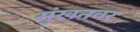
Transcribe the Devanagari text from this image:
सुंखनवर